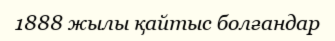
1888 жылы қайтыс болғандар